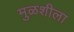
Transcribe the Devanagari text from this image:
मुळशीला